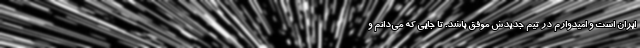
ایران است و امیدوارم در تیم جدیدش موفق باشد. تا جایی که می‌دانم و